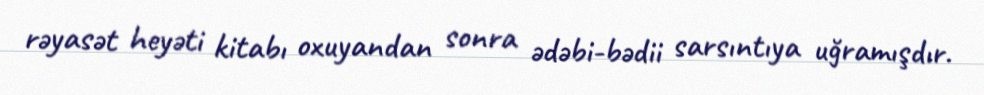
rəyasət heyəti kitabı oxuyandan sonra ədəbi-bədii sarsıntıya uğramışdır.